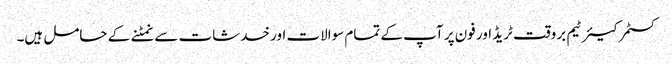
کسٹمر کیئر ٹیم بروقت ٹریڈ اور فون پر آپ کے تمام سوالات اور خدشات سے نمٹنے کے حامل ہیں۔